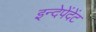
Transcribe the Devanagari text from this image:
इन्देपेंदेंट